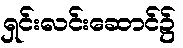
ရှင်းလင်းဆောင်၌